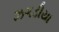
ઝગડીયા